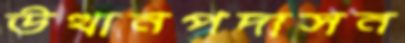
উত্থানপদাসন